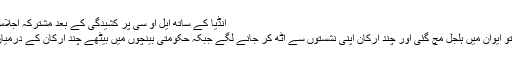
Image caption انڈیا کے ساتھ ایل او سی پر کشیدگی کے بعد مشترکہ اجلاس بلایا گیا
وزیراعظم کی تقریر ختم ہوئی تو ایوان میں ہلجل مچ گئی اور چند ارکان اپنی نشستوں سے اٹھ کر جانے لگے جبکہ حکومتی بینچوں میں بیٹھے چند ارکان کے درمیان گفتگو کا سلسلہ شروع ہو گیا۔